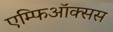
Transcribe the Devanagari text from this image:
एम्फिऑक्सस